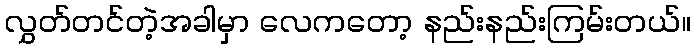
လွှတ်တင်တဲ့အခါမှာ လေကတော့ နည်းနည်းကြမ်းတယ်။